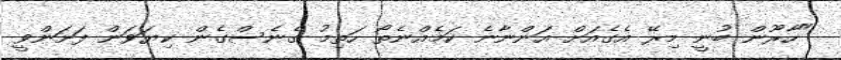
"ހާރޫން ބުނީ މިރޭ އެގެއަށް އަންނާނެ ކަމެއްނެތޯ ހަތިމު ގެނެސްގެން ކިޔަވަން ފަށަންވީ